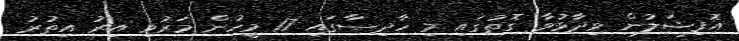
އޮފިޝަލުން ވިދާޅުވާ ގޮތުގައި މި ހާދިސާގައި 17 މީހުން މަރުވި އިރު އިތުރު